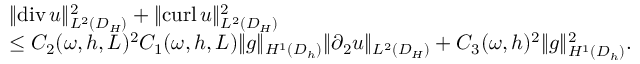
\begin{array} { r l } & { \| \mathrm { d i v } \, u \| _ { L ^ { 2 } ( D _ { H } ) } ^ { 2 } + \| \mathrm { c u r l } \, u \| _ { L ^ { 2 } ( D _ { H } ) } ^ { 2 } } \\ & { \le C _ { 2 } ( \omega , h , L ) ^ { 2 } C _ { 1 } ( \omega , h , L ) \| g \| _ { H ^ { 1 } ( D _ { h } ) } \| \partial _ { 2 } u \| _ { L ^ { 2 } ( D _ { H } ) } + C _ { 3 } ( \omega , h ) ^ { 2 } \| g \| _ { H ^ { 1 } ( D _ { h } ) } ^ { 2 } . } \end{array}